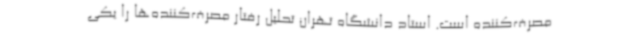
مصرف‌کننده است. استاد دانشگاه تهران تحلیل رفتار مصرف‌کننده‌ها را یکی